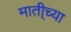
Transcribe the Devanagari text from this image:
माती्च्या